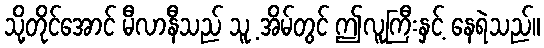
သို့တိုင်အောင် မီလာနီသည် သူ့ အိမ်တွင် ဤလူကြီးနှင့် နေရဲသည်။